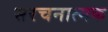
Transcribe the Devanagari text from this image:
सरचनात्मक